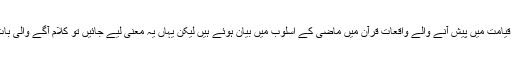
اس میں تو شبہ نہیں ہے کہ قیامت میں پیش آنے والے واقعات قرآن میں ماضی کے اسلوب میں بیان ہوئے ہیں لیکن یہاں یہ معنی لیے جائیں تو کلام آگے والی بات سے بے جوڑ ہو جاتا ہے۔